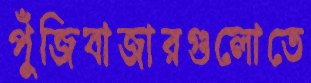
পুঁজিবাজারগুলোতে